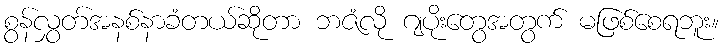
စွန်လွှတ်အနစ်နာခံတယ်ဆိုတာ ဘဇံလို ဂျပိုးတွေအတွက် မဖြစ်စေရဘူး။